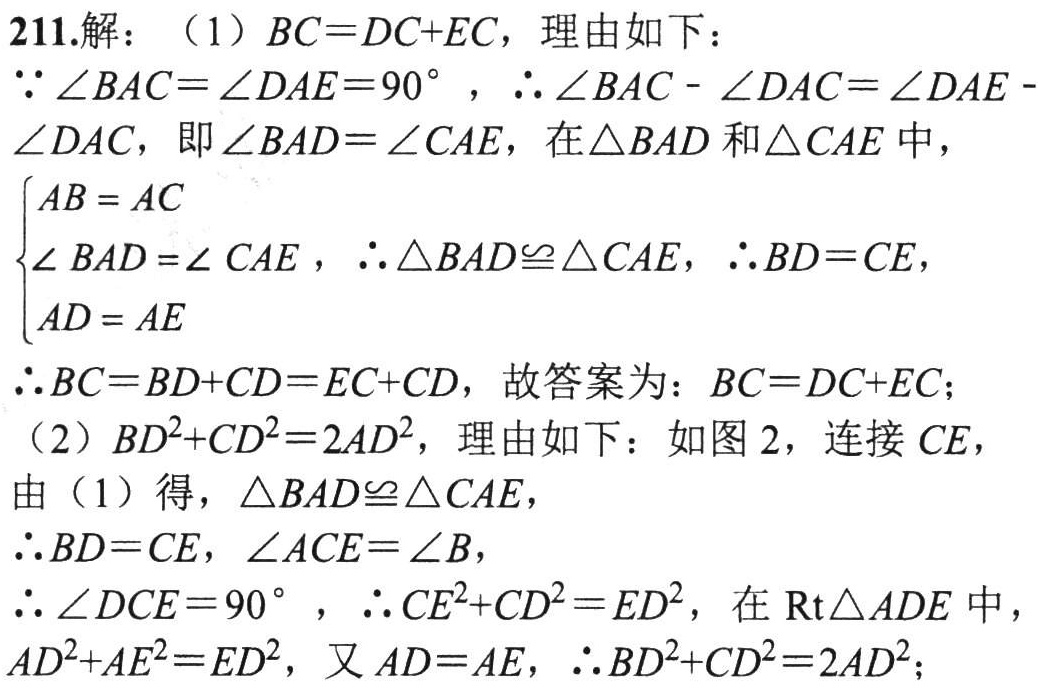
211.解：（1）\(BC = DC + EC\)，理由如下：

\(\because\angle BAC=\angle DAE = 90^{\circ}\)，\(\therefore\angle BAC-\angle DAC=\angle DAE-\angle DAC\)，即\(\angle BAD=\angle CAE\)，在\(\triangle BAD\)和\(\triangle CAE\)中，

\(\begin{cases}

AB = AC\\

\angle BAD=\angle CAE\\

AD = AE

\end{cases}\)，\(\therefore\triangle BAD\cong\triangle CAE\)，\(\therefore BD = CE\)，

\(\therefore BC=BD + CD=EC + CD\)，故答案为：\(BC = DC + EC\)；

（2）\(BD^{2}+CD^{2}=2AD^{2}\)，理由如下：如图2，连接\(CE\)，

由（1）得，\(\triangle BAD\cong\triangle CAE\)，

\(\therefore BD = CE\)，\(\angle ACE=\angle B\)，

\(\therefore\angle DCE = 90^{\circ}\)，\(\therefore CE^{2}+CD^{2}=ED^{2}\)，在\(Rt\triangle ADE\)中，\(AD^{2}+AE^{2}=ED^{2}\)，又\(AD = AE\)，\(\therefore BD^{2}+CD^{2}=2AD^{2}\)；